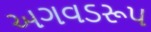
અગવડરૂપ